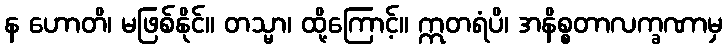
န ဟောတိ၊ မဖြစ်နိုင်။ တသ္မာ၊ ထို့ကြောင့်။ ဣတရံပိ၊ အနိစ္စတာလက္ခဏာမှ